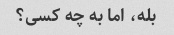
بله، اما به چه کسی؟